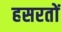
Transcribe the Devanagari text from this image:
हसरतों